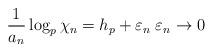
LaTeX: \begin{align*}\frac{1}{a_n} \log_p \chi_n = h_p + \varepsilon_n \; \varepsilon_n \to 0\end{align*}